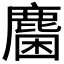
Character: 𪊽